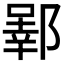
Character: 𬪒